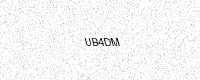
Text: UB4DM